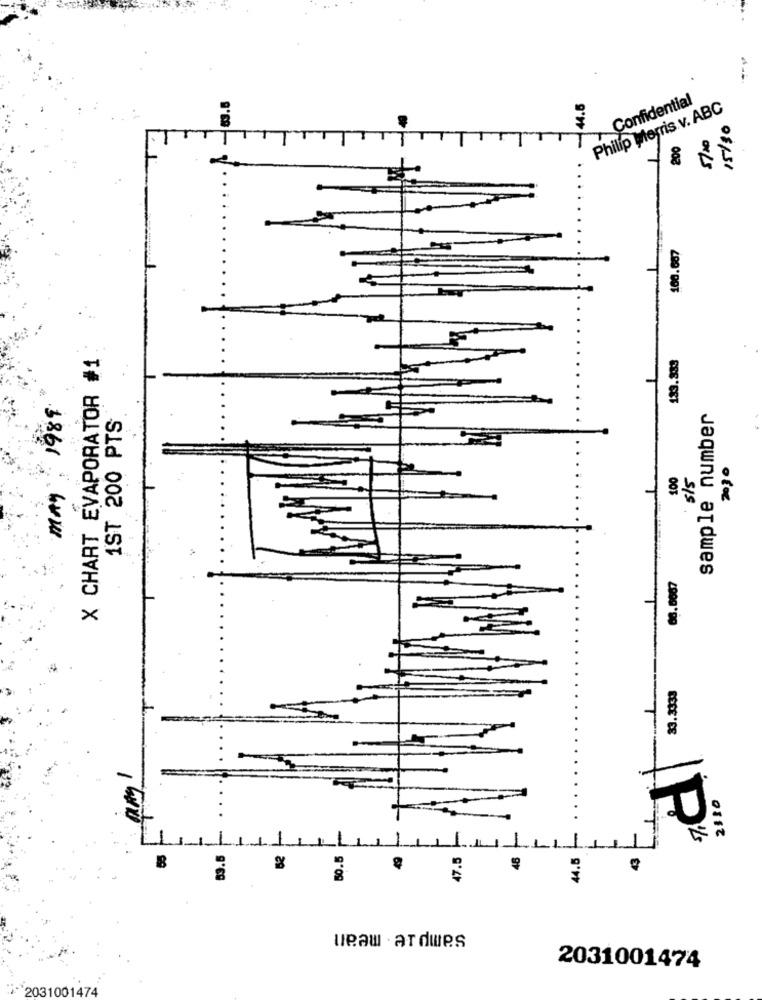
44.5
Confidential
Philip Morris. v. ABC
15/30
5/20
200
160.687
X CHART EVAPORATOR #1
133.359
1989
1ST 200 PTS
sample number
2030
100
5/5
MAY
33.3333
2110
1
53.5
62
50.5
7.5
45
.1
44.5
45
ueaw . ardwes
2031001474
2031001474